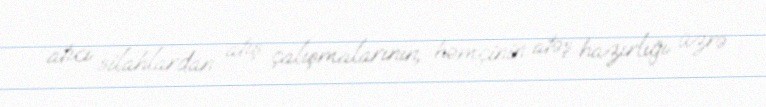
atıcı silahlardan atış çalışmalarının, həmçinin atəş hazırlığı üzrə